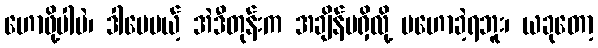
ဟောဖို့ပါပဲ၊ ဒါပေမယ့် အဲဒီတုန်းက အချိန်မရှိလို့ မဟောခဲ့ရဘူး၊ ယခုတော့